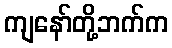
ကျနော်တို့ဘက်က